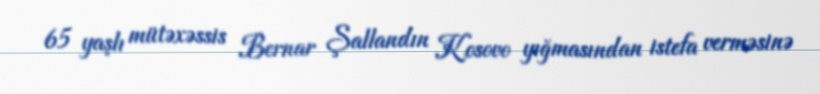
65 yaşlı mütəxəssis Bernar Şallandın Kosovo yığmasından istefa verməsinə